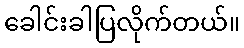
ခေါင်းခါပြလိုက်တယ်။